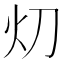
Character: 灱